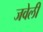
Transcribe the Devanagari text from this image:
जवेली